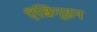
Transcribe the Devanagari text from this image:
ऍबिंग्डन